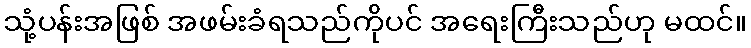
သုံ့ပန်းအဖြစ် အဖမ်းခံရသည်ကိုပင် အရေးကြီးသည်ဟု မထင်။